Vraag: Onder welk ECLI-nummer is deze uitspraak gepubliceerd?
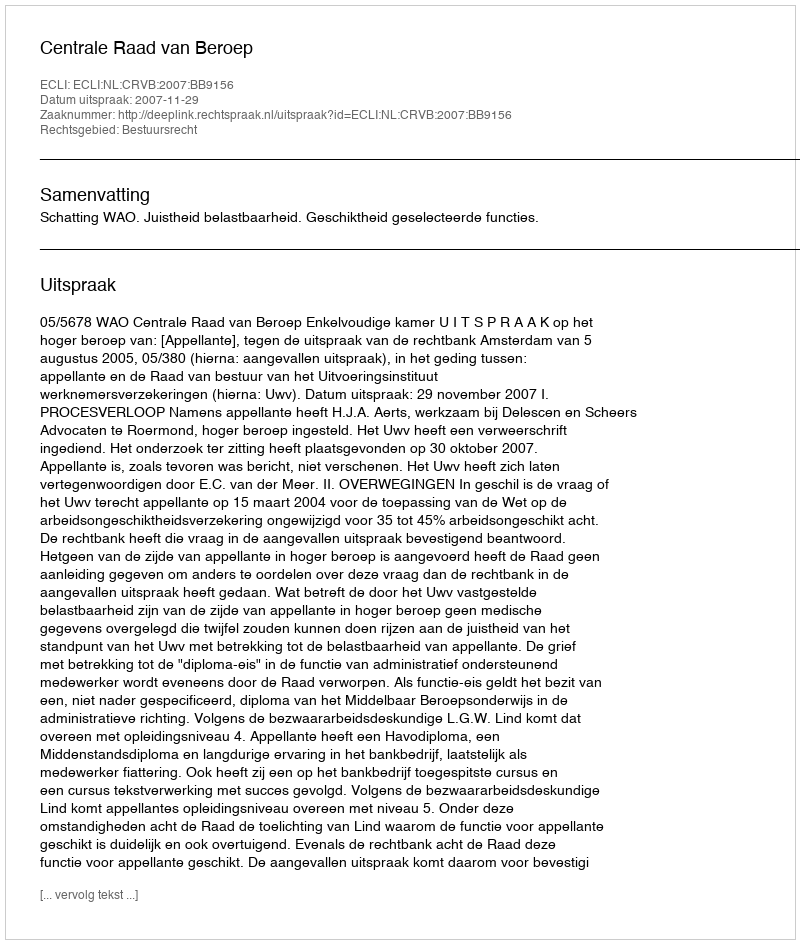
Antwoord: ECLI:NL:CRVB:2007:BB9156